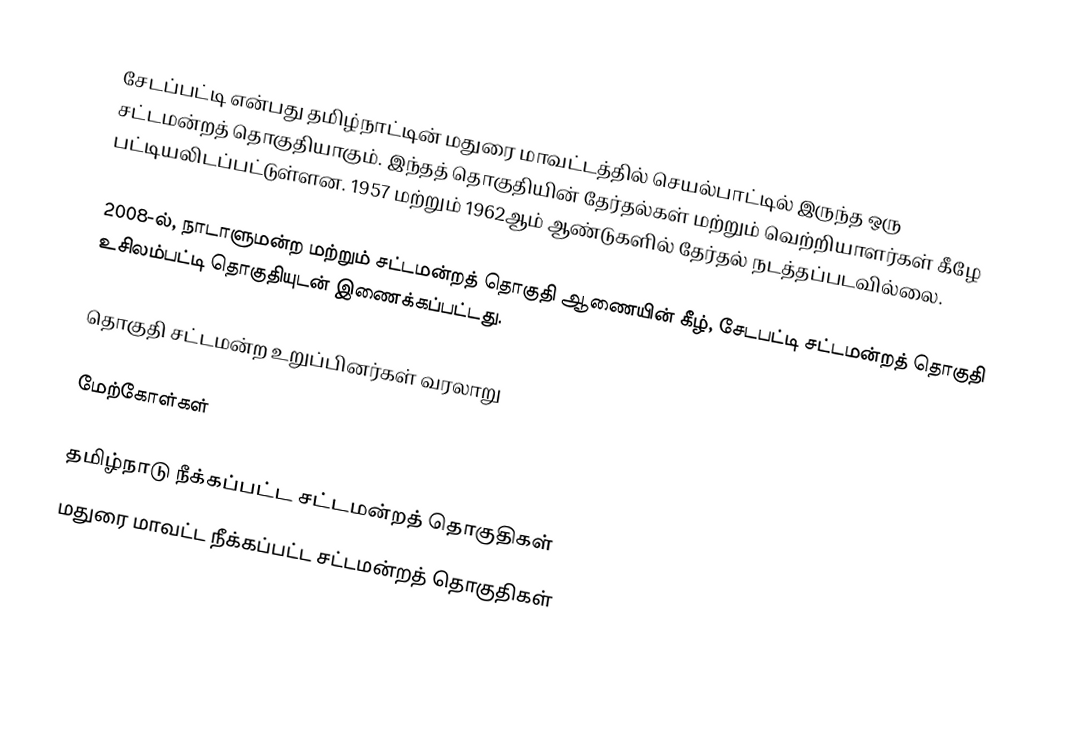
சேடப்பட்டி என்பது தமிழ்நாட்டின் மதுரை மாவட்டத்தில் செயல்பாட்டில் இருந்த ஒரு சட்டமன்றத் தொகுதியாகும். இந்தத் தொகுதியின் தேர்தல்கள் மற்றும் வெற்றியாளர்கள் கீழே பட்டியலிடப்பட்டுள்ளன. 1957 மற்றும் 1962ஆம் ஆண்டுகளில் தேர்தல் நடத்தப்படவில்லை.

2008-ல், நாடாளுமன்ற மற்றும் சட்டமன்றத் தொகுதி ஆணையின் கீழ், சேடபட்டி சட்டமன்றத் தொகுதி உசிலம்பட்டி தொகுதியுடன் இணைக்கப்பட்டது.

தொகுதி சட்டமன்ற உறுப்பினர்கள் வரலாறு

மேற்கோள்கள்

தமிழ்நாடு நீக்கப்பட்ட சட்டமன்றத் தொகுதிகள்
மதுரை மாவட்ட நீக்கப்பட்ட சட்டமன்றத் தொகுதிகள்